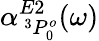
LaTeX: \alpha_{\, ^{3}P_{0}^{o}}^{E2}(\omega)